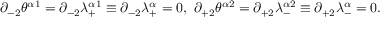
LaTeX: \partial _ { - 2 } \theta ^ { \alpha 1 } = \partial _ { - 2 } \lambda _ { + } ^ { \alpha 1 } \equiv \partial _ { - 2 } \lambda _ { + } ^ { \alpha } = 0 , \ \partial _ { + 2 } \theta ^ { \alpha 2 } = \partial _ { + 2 } \lambda _ { - } ^ { \alpha 2 } \equiv \partial _ { + 2 } \lambda _ { - } ^ { \alpha } = 0 .